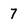
Character: 7